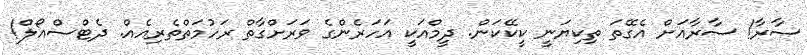
ސާރާ! ސާރާއަށް އެގޭތަ ތިކިޔަނީ ކީކޭކަން. ދީމްއަކީ އަހަރެންގެ ވަރަށްގާތް ރަހުމަތްތެރިއެއް. ދެޓްސްއޯލް!